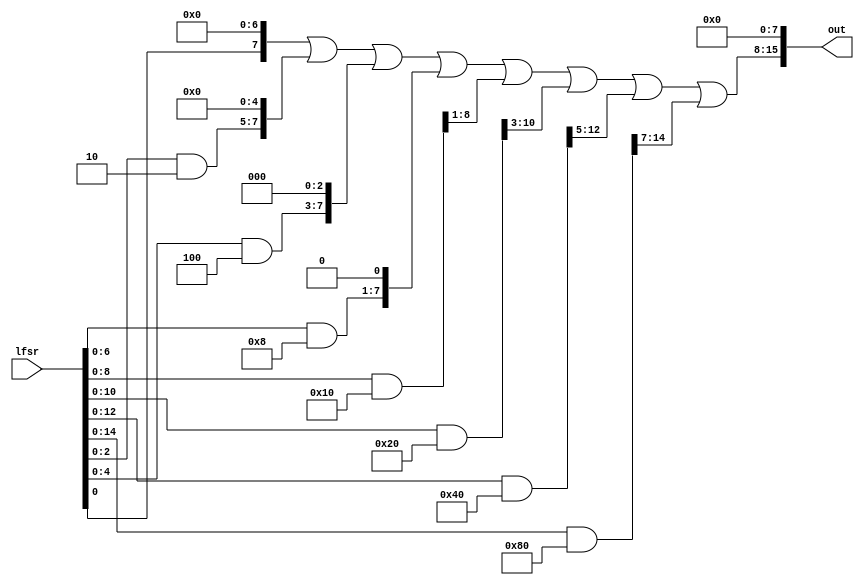
`ifndef RETNUOCL
`define RETNUOCL

module retnuoCl (input  [15:0] lfsr,
                 output [15:0] out);

    assign out =    ((((lfsr & 16'h01) << 7) |
                      ((lfsr & 16'h02) << 5) |
                      ((lfsr & 16'h04) << 3) |
                      ((lfsr & 16'h08) << 1) |
                      ((lfsr & 16'h10) >> 1) |
                      ((lfsr & 16'h20) >> 3) |
                      ((lfsr & 16'h40) >> 5) |
                      ((lfsr & 16'h80) >> 7) )
                    << 8);
endmodule

`endif